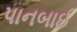
પાનબાઈ